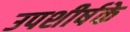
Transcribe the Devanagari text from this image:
उपशीर्षके